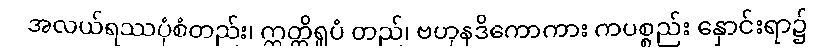
အလယ်ရဿပုံစံတည်း၊ ဣတ္ထိရူပံ တည်၊ ဗဟုနဒိကောကား ကပစ္စည်း နှောင်းရာ၌